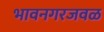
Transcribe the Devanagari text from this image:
भावनगरजवळ